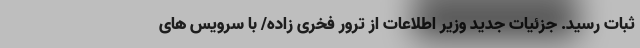
ثبات رسید. جزئیات جدید وزیر اطلاعات از ترور فخری زاده/ با سرویس های